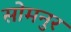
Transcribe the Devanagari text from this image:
सोमनुर